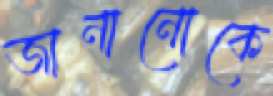
জানানোকে